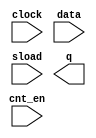
// megafunction wizard: %LPM_COUNTER%VBB%
// GENERATION: STANDARD
// VERSION: WM1.0
// MODULE: LPM_COUNTER 

// ============================================================
// Megafunction Name(s):
// 			LPM_COUNTER
//
// Simulation Library Files(s):
// 			lpm
// ============================================================
// ************************************************************
// THIS IS A WIZARD-GENERATED FILE. DO NOT EDIT THIS FILE!
//
// 18.1.0 Build 625 09/12/2018 SJ Lite Edition
// ************************************************************

//Copyright (C) 2018  Intel Corporation. All rights reserved.
//Your use of Intel Corporation's design tools, logic functions 
//and other software and tools, and its AMPP partner logic 
//functions, and any output files from any of the foregoing 
//(including device programming or simulation files), and any 
//associated documentation or information are expressly subject 
//to the terms and conditions of the Intel Program License 
//Subscription Agreement, the Intel Quartus Prime License Agreement,
//the Intel FPGA IP License Agreement, or other applicable license
//agreement, including, without limitation, that your use is for
//the sole purpose of programming logic devices manufactured by
//Intel and sold by Intel or its authorized distributors.  Please
//refer to the applicable agreement for further details.

module PC_counter (
	clock,
	cnt_en,
	data,
	sload,
	q);

	input	  clock;
	input	  cnt_en;
	input	[10:0]  data;
	input	  sload;
	output	[10:0]  q;

endmodule

// ============================================================
// CNX file retrieval info
// ============================================================
// Retrieval info: PRIVATE: ACLR NUMERIC "0"
// Retrieval info: PRIVATE: ALOAD NUMERIC "0"
// Retrieval info: PRIVATE: ASET NUMERIC "0"
// Retrieval info: PRIVATE: ASET_ALL1 NUMERIC "1"
// Retrieval info: PRIVATE: CLK_EN NUMERIC "0"
// Retrieval info: PRIVATE: CNT_EN NUMERIC "1"
// Retrieval info: PRIVATE: CarryIn NUMERIC "0"
// Retrieval info: PRIVATE: CarryOut NUMERIC "0"
// Retrieval info: PRIVATE: Direction NUMERIC "0"
// Retrieval info: PRIVATE: INTENDED_DEVICE_FAMILY STRING "Cyclone IV E"
// Retrieval info: PRIVATE: ModulusCounter NUMERIC "0"
// Retrieval info: PRIVATE: ModulusValue NUMERIC "0"
// Retrieval info: PRIVATE: SCLR NUMERIC "0"
// Retrieval info: PRIVATE: SLOAD NUMERIC "1"
// Retrieval info: PRIVATE: SSET NUMERIC "0"
// Retrieval info: PRIVATE: SSET_ALL1 NUMERIC "1"
// Retrieval info: PRIVATE: SYNTH_WRAPPER_GEN_POSTFIX STRING "0"
// Retrieval info: PRIVATE: nBit NUMERIC "11"
// Retrieval info: PRIVATE: new_diagram STRING "1"
// Retrieval info: LIBRARY: lpm lpm.lpm_components.all
// Retrieval info: CONSTANT: LPM_DIRECTION STRING "UP"
// Retrieval info: CONSTANT: LPM_PORT_UPDOWN STRING "PORT_UNUSED"
// Retrieval info: CONSTANT: LPM_TYPE STRING "LPM_COUNTER"
// Retrieval info: CONSTANT: LPM_WIDTH NUMERIC "11"
// Retrieval info: USED_PORT: clock 0 0 0 0 INPUT NODEFVAL "clock"
// Retrieval info: USED_PORT: cnt_en 0 0 0 0 INPUT NODEFVAL "cnt_en"
// Retrieval info: USED_PORT: data 0 0 11 0 INPUT NODEFVAL "data[10..0]"
// Retrieval info: USED_PORT: q 0 0 11 0 OUTPUT NODEFVAL "q[10..0]"
// Retrieval info: USED_PORT: sload 0 0 0 0 INPUT NODEFVAL "sload"
// Retrieval info: CONNECT: @clock 0 0 0 0 clock 0 0 0 0
// Retrieval info: CONNECT: @cnt_en 0 0 0 0 cnt_en 0 0 0 0
// Retrieval info: CONNECT: @data 0 0 11 0 data 0 0 11 0
// Retrieval info: CONNECT: @sload 0 0 0 0 sload 0 0 0 0
// Retrieval info: CONNECT: q 0 0 11 0 @q 0 0 11 0
// Retrieval info: GEN_FILE: TYPE_NORMAL PC_counter.v TRUE
// Retrieval info: GEN_FILE: TYPE_NORMAL PC_counter.inc FALSE
// Retrieval info: GEN_FILE: TYPE_NORMAL PC_counter.cmp FALSE
// Retrieval info: GEN_FILE: TYPE_NORMAL PC_counter.bsf TRUE
// Retrieval info: GEN_FILE: TYPE_NORMAL PC_counter_inst.v FALSE
// Retrieval info: GEN_FILE: TYPE_NORMAL PC_counter_bb.v TRUE
// Retrieval info: LIB_FILE: lpm